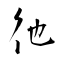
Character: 彵